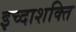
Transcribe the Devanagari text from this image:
इच्दाशक्ति